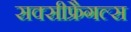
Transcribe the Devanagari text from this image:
सक्सीफ्रैगल्स